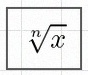
\sqrt[n]{x}